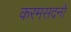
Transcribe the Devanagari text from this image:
करमसदनो